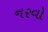
નરવો